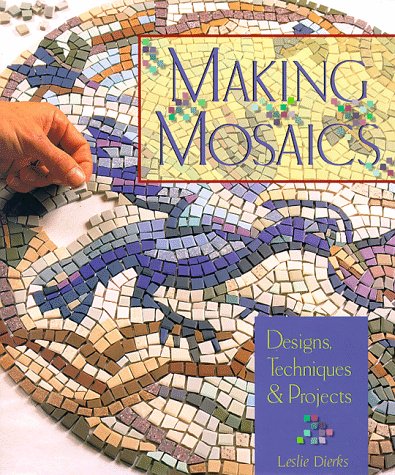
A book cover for Making Mosaics: Designs, Techniques & Projects; Leslie Dierks; Crafts, Hobbies & Home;